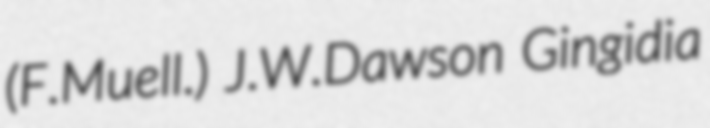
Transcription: (F.Muell.) J.W.Dawson Gingidia